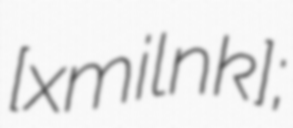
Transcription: [xm⁽ʲ⁾ilʲˈnɪk];